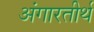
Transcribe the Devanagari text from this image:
अंगारतीर्थ